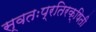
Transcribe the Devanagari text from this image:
स्वतःप्रतिरक्षिती